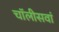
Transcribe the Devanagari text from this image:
चॉलीसवां